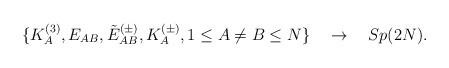
LaTeX: \begin{align*}\{K^{(3)}_A, E_{AB}, \tilde E_{AB}^{(\pm)}, K_A^{(\pm)},1\le A\neq B\le N\} \quad\rightarrow \quad Sp(2N).\end{align*}